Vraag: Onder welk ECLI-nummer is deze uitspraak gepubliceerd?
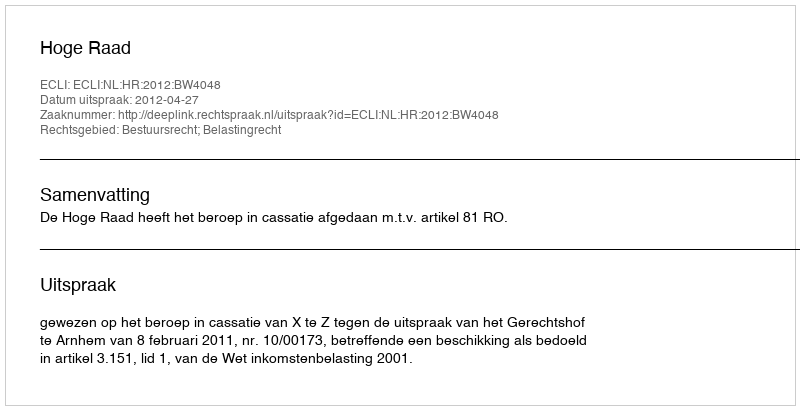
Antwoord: ECLI:NL:HR:2012:BW4048